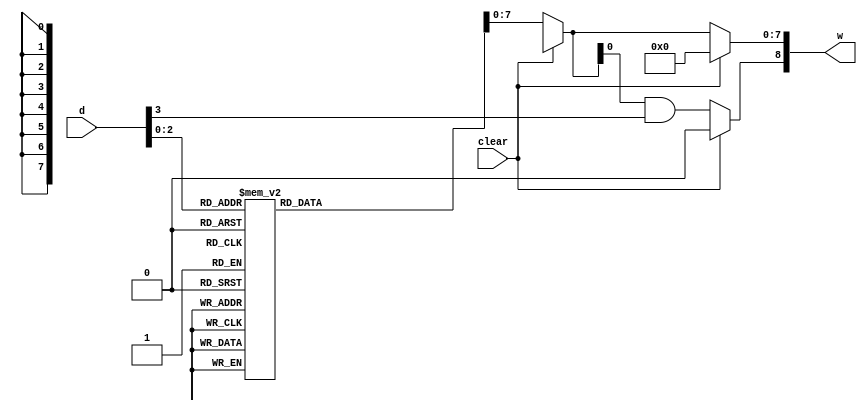
module decoder4x9(d,clear,w);
 input [3:0] d;
input clear;
 output reg [8:0] w;
 
 
 always @(d,clear)
 begin 
 if (clear==1)
	w=9'b000000000;
 else
 begin
	case(d[2:0])
	3'b000:w=9'b000000001;
	3'b001:w=9'b000000010;
	3'b010:w=9'b000000100;
	3'b011:w=9'b000001000;
	3'b100:w=9'b000010000;
	3'b101:w=9'b000100000;
	3'b110:w=9'b001000000;
	3'b111:w=9'b010000000;
	endcase 
	w[8]= w[0] & d[3];
 end
 end 
endmodule